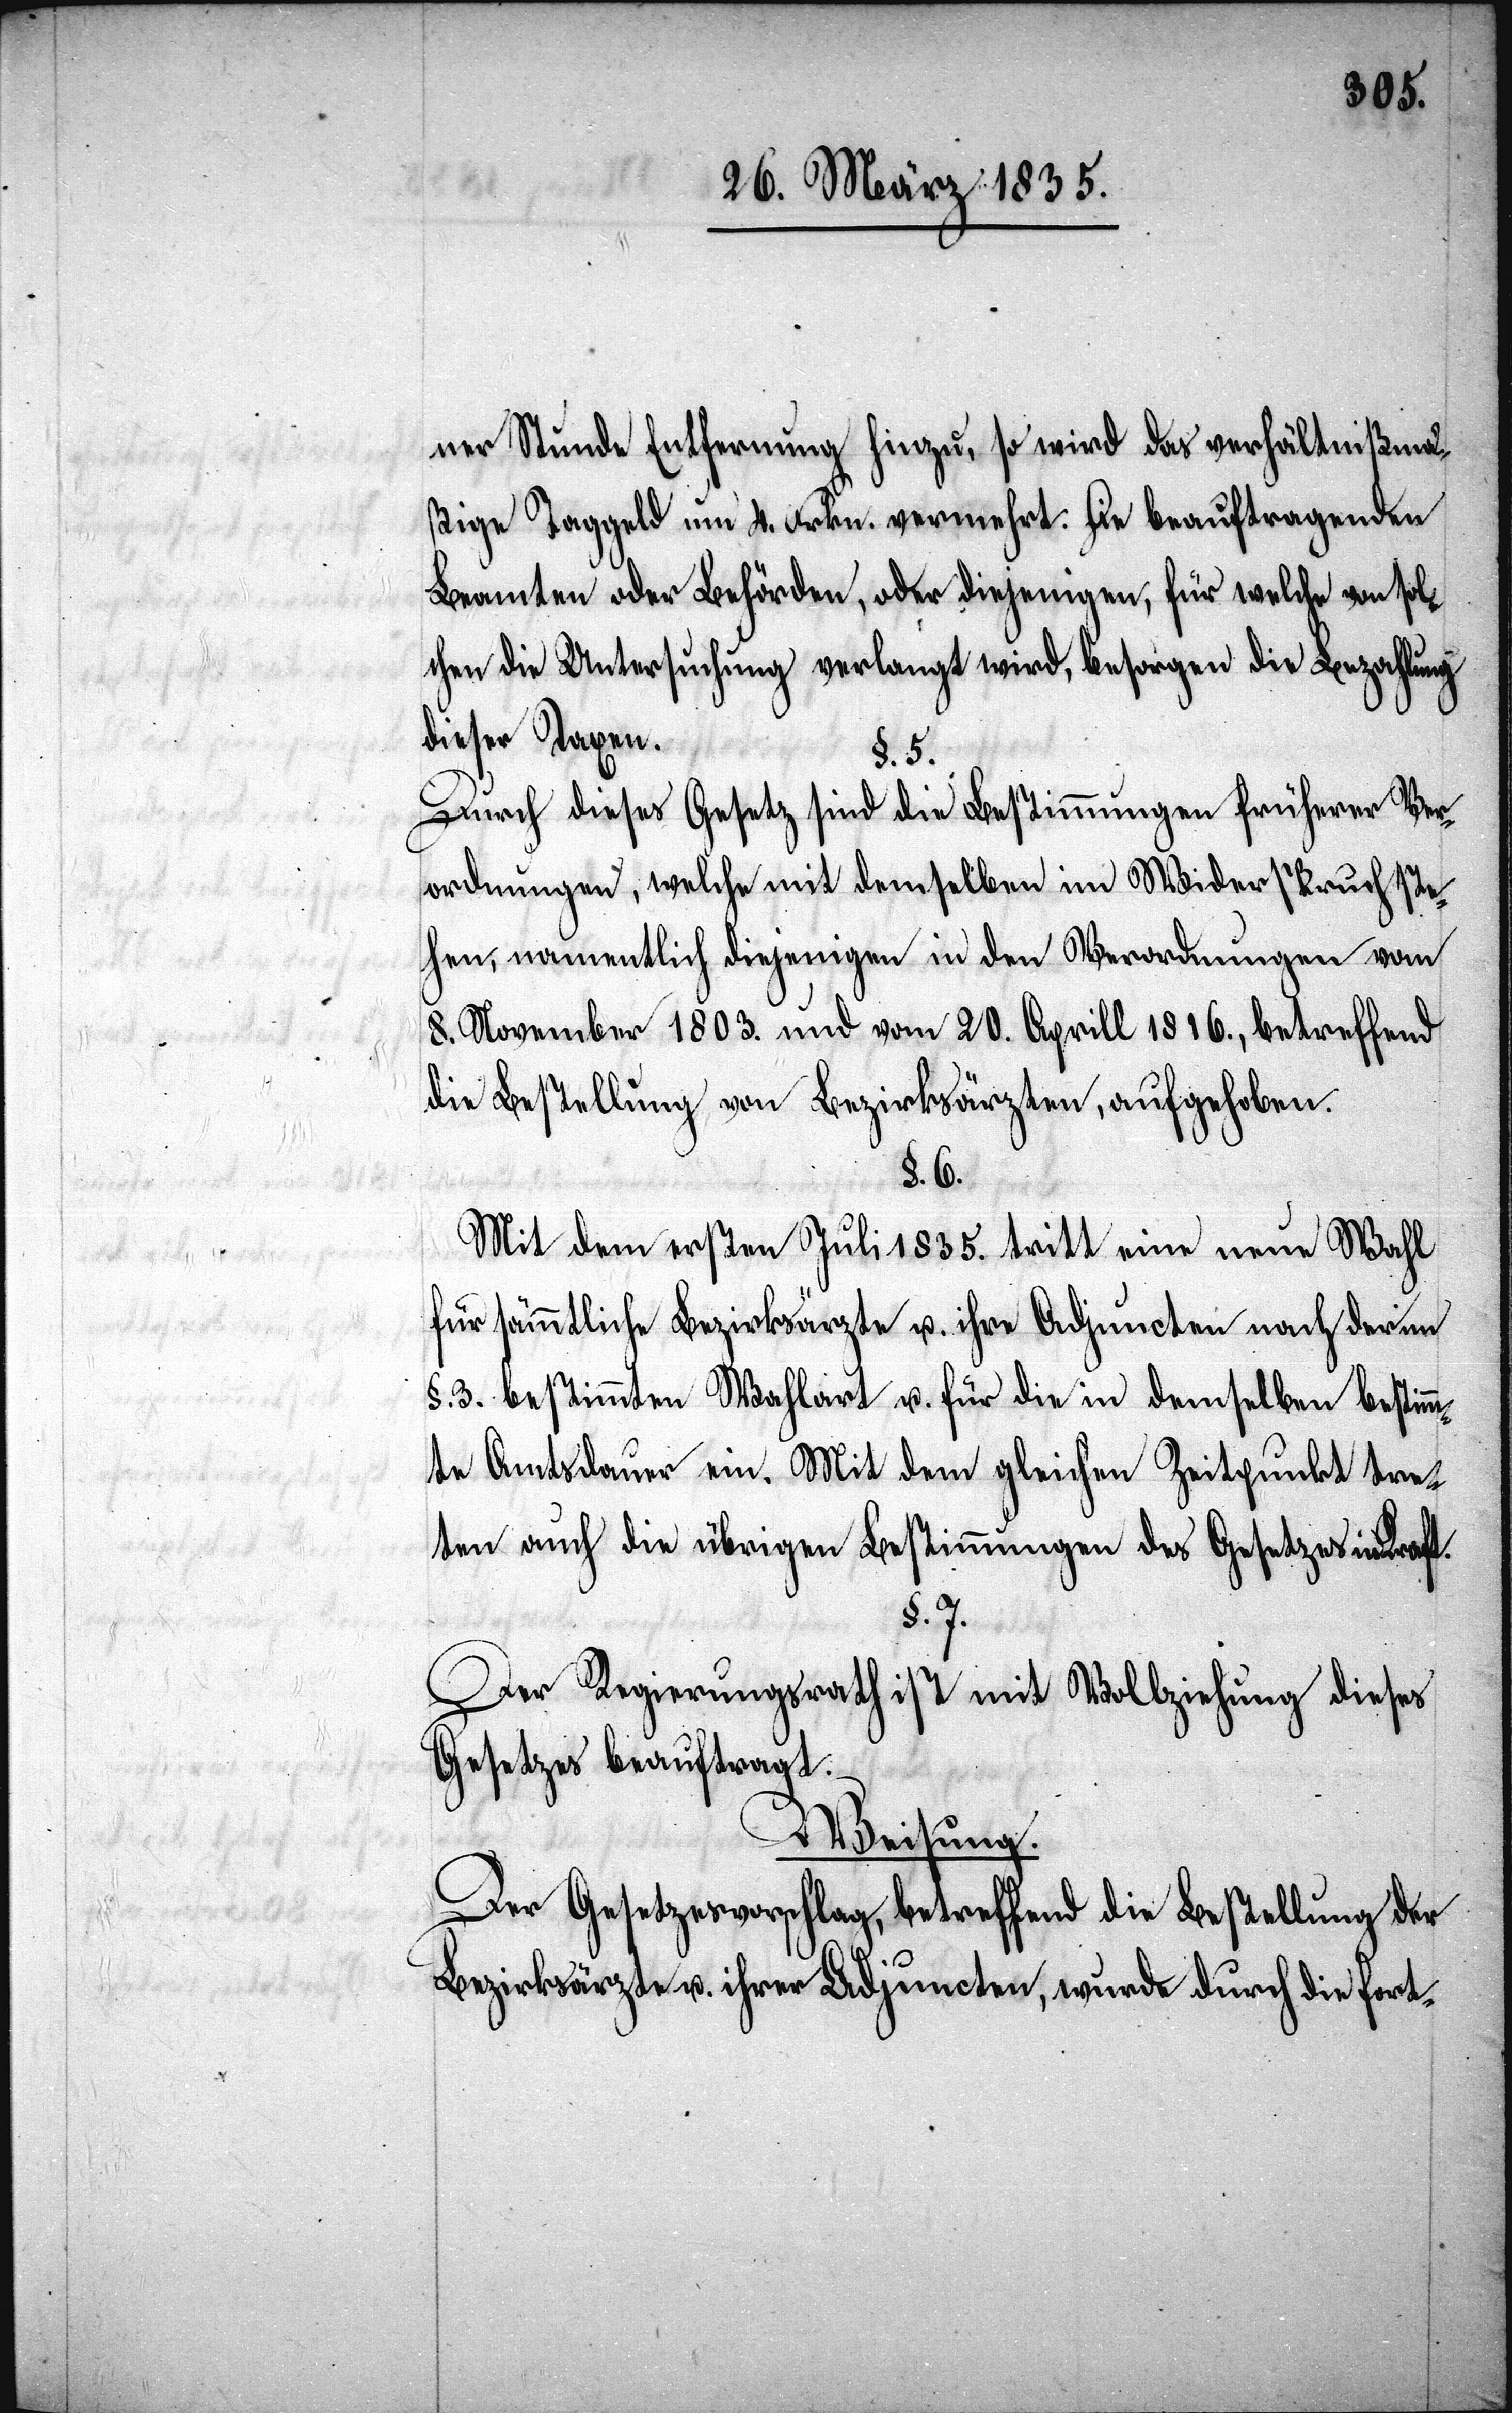
ner Stunde Entfernung hinzu, so wird das verhältnißmä¬
ßige Taggeld um 4. Frkn. vermehrt. Die beauftragenden
Beamten oder Behörden, oder diejenigen, für welche von sol¬
chen die Untersuchung verlangt wird, besorgen die Bezahlung
dieser Taxen.
§. 5.
Durch dieses Gesetz sind die Bestimmungen früherer Ver¬
ordnungen, welche mit demselben im Widerspruch ste¬
hen, namentlich diejenigen in den Verordnungen vom
8. November 1803. und vom 20. Aprill 1816., betreffend
die Bestellung von Bezirksärzten, aufgehoben.
§. 6.
Mit dem ersten Juli 1835. tritt eine neue Wahl
für sämmtliche Bezirksärzte u. ihre Adjuncten nach der im
§. 3. bestimmten Wahlart u. für die in demselben bestimm¬
te Amtsdauer ein. Mit dem gleichen Zeitpunkt tre¬
ten auch die übrigen Bestimmungen des Gesetzes in Kraft.
§. 7.
Der Regierungsrath ist mit Vollziehung dieses
Gesetzes beauftragt.
Weisung.
Der Gesetzesvorschlag, betreffend die Bestellung der
Bezirksärzte u. ihrer Adjuncten, wurde durch die fort-